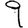
Digit: 9